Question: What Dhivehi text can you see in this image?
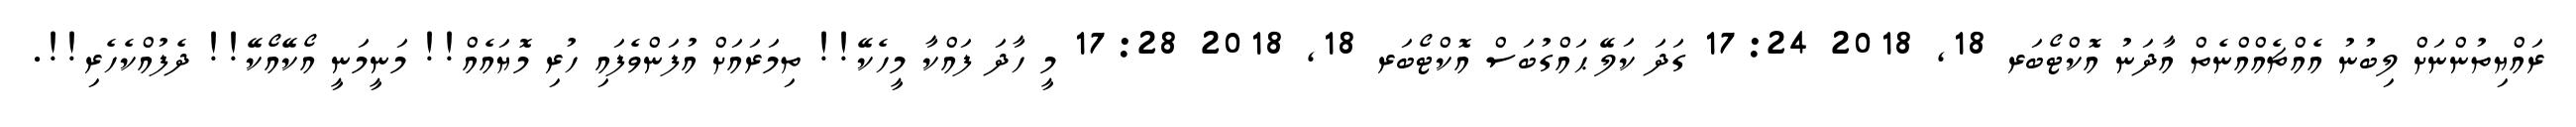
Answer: ރައްޔިތުންނަށް ލިބުނު އެއްޗެއްއްނެތް އާދަނު އޮކްޓޯބަރ 18, 2018 17:24 ގަދަ ކަލޭ ޙައްގުބަސް އޮކްޓޯބަރ 18, 2018 17:28 މީ ހާދަ ފައްކާ މީހެކޭ!! ތިމަރައަށް އުފަންވެފައި ހުރި މޮޔައެއް!! މަނީމަނީ އޯކޭއޯކޭ!! ދެފުއްކެހެރި!!.